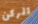
الركن